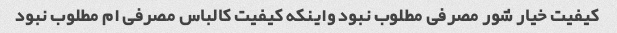
کیفیت خیار شور مصرفی مطلوب نبود واینکه کیفیت کالباس مصرفی ام مطلوب نبود